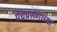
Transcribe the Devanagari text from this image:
पेचप्रसंगाच्या